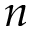
n